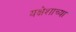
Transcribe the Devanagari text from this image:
यक्षेशाच्या